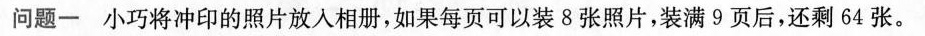
问题一小巧将冲印的照片放入相册，如果每页可以装8张照片，装满9页后，还剩64张。